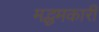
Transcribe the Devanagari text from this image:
मद्धमकारी